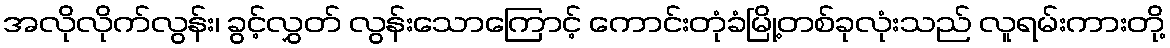
အလိုလိုက်လွန်း၊ ခွင့်လွှတ် လွန်းသောကြောင့် ကောင်းတုံခံမြို့တစ်ခုလုံးသည် လူရမ်းကားတို့